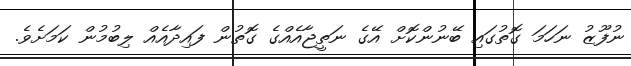
ނުފޫޒު ނަހަމަ ގޮތުގައި ބޭނުންކޮށް އޭގެ ނަތީޖާއެއްގެ ގޮތުން ފައިދާއެއް ލިބުމުން ކަމަށެވެ.